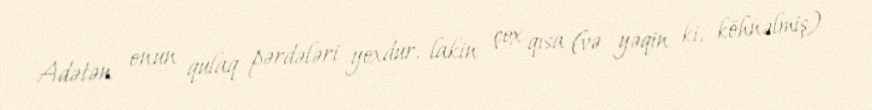
Adətən onun qulaq pərdələri yoxdur, lakin çox qısa (və yəqin ki, köhnəlmiş)